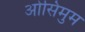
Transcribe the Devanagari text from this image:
ओसिमुम